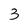
Character: 3